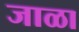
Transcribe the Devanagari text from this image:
जाळा